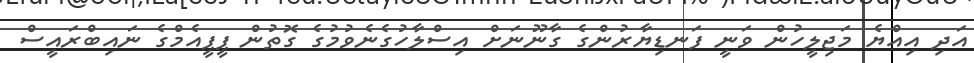
އަދި އިއްޔެ މަޖިލީހުން ވަނީ ފަނޑިޔާރުންގެ ގާނޫނަށް އިސްލާހުގެނެވުމުގެ ގޮތުން ޕީޕީއެމްގެ ނައިބްރައީސް